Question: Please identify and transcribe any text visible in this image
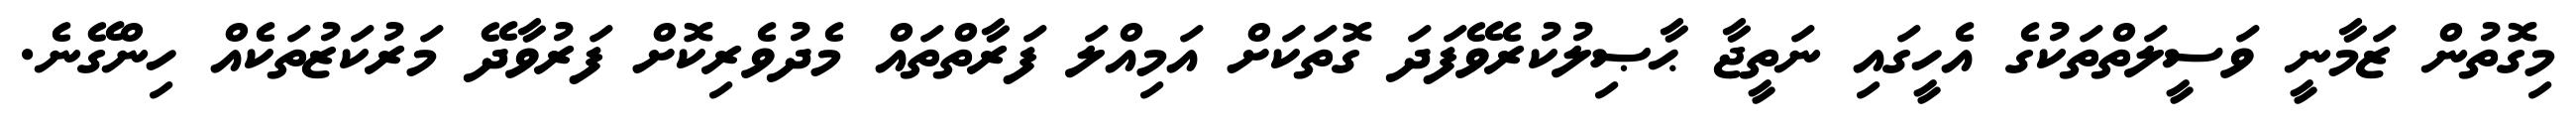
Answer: މިގޮތުން ޒަމާނީ ވަސީލަތްތަކުގެ އެހީގައި ނަތީޖާ ޙާޞިލުކުރެވޭފަދަ ގޮތަކަށް އަމިއްލަ ފަރާތްތައް މެދުވެރިކޮށް ފަރުވާދޭ މަރުކަޒުތަކެއް ހިންގޭނެ.